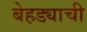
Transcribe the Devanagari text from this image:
बेहड्याची